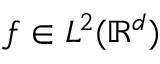
f \in L ^ { 2 } ( \mathbb { R } ^ { d } )